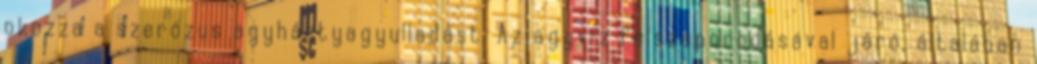
okozza a szerózus agyhártyagyulladást. Az agyvíz felszaporodásával járó, általában